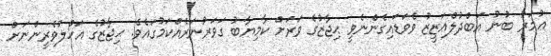
ޢުމަރު ބުނު އަބްދުލްޢަޒީޒު ވެވަޑައިގެންނެވީ ޙިޖާޒުގެ ވަރަށް ކާމިޔާބު ގަވަރުނަރެއްކަމުގައެވެ. ޙިޖާޒުގެ އަހްލުވެރީންނަށް